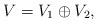
LaTeX: \begin{align*}V=V_1\oplus V_2,\end{align*}